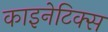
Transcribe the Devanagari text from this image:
काइनेटिक्स